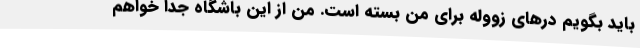
باید بگویم درهای زووله برای من بسته است. من از این باشگاه جدا خواهم